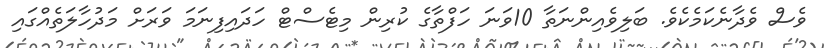
ވެސް ވެދާނެކަމެކެވެ. ބަލިވެއިންނަތާ 10ވަނަ ހަފްތާގެ ކުރިން މިޓެސްޓް ހަދައިފިނަމަ ވަރަށް މަދުހާލަތެއްގައި